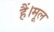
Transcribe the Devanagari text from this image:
हैं।मूल